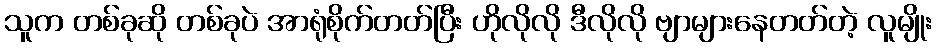
သူက တစ်ခုဆို တစ်ခုပဲ အာရုံစိုက်တတ်ပြီး ဟိုလိုလို ဒီလိုလို ဗျာများနေတတ်တဲ့ လူမျိုး